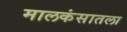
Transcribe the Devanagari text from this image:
मालकंसातला